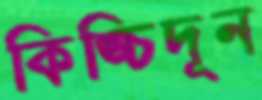
কিঙ্চিদূন